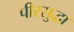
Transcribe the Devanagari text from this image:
पीरसुद्धा